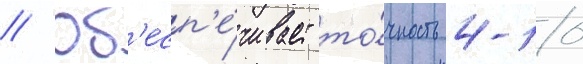
// Об'есп'е́чивает то́чность 4-10